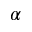
\alpha